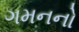
ગમનનો